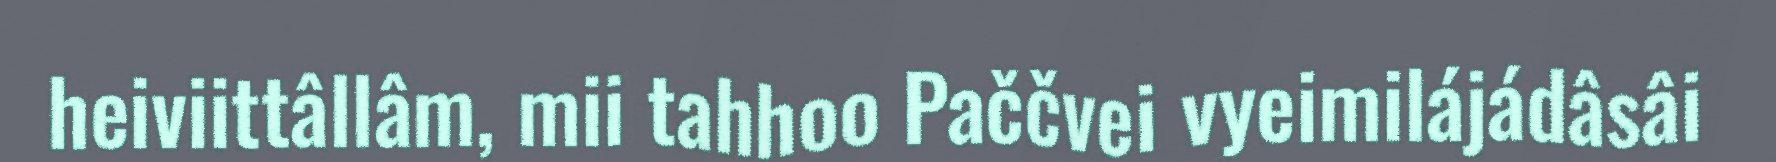
heiviittâllâm, mii tahhoo Paččvei vyeimilájádâsâi